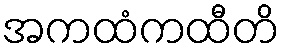
အကထံကထီတိ